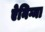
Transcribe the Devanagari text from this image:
ऐनिग्मा